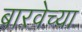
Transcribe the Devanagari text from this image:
बारवेच्या